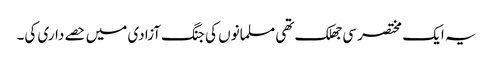
یہ ایک مختصر سی جھلک تھی مسلمانوں کی جنگ آزادی میں حصے داری کی۔